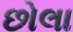
છોલા